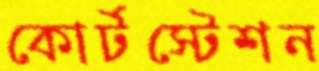
কোর্টস্টেশন